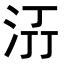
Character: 𭰌